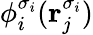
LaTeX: \phi_{i}^{\sigma_{i}}(\mathbf{r}_{j}^{\sigma_{i}})